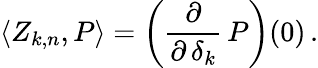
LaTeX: \langle Z_{k,n},P\rangle=\left({\frac{\partial}{\partial\, \delta_{k}}}\, P\right)(0)\, .